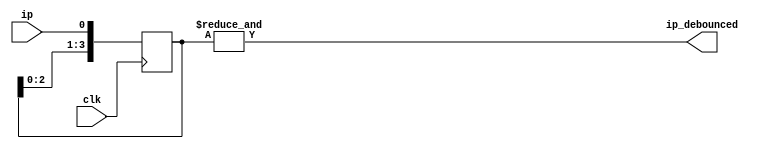
module debounce(clk, ip, ip_debounced);
    input clk;
    input ip;
    output ip_debounced;

    reg [3:0] debounced;

    always @(posedge clk) begin
        debounced <= {debounced[2:0], ip};
    end

    assign ip_debounced = &debounced;

endmodule